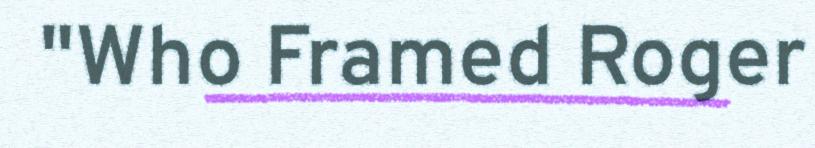
"Who Framed Roger